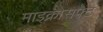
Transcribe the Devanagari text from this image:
माइक्रोसफ्ट